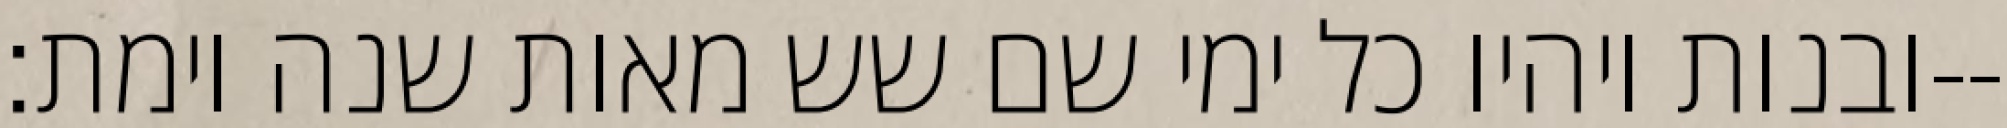
ובנות ויהיו כל ימי שם שש מאות שנה וימת׃--